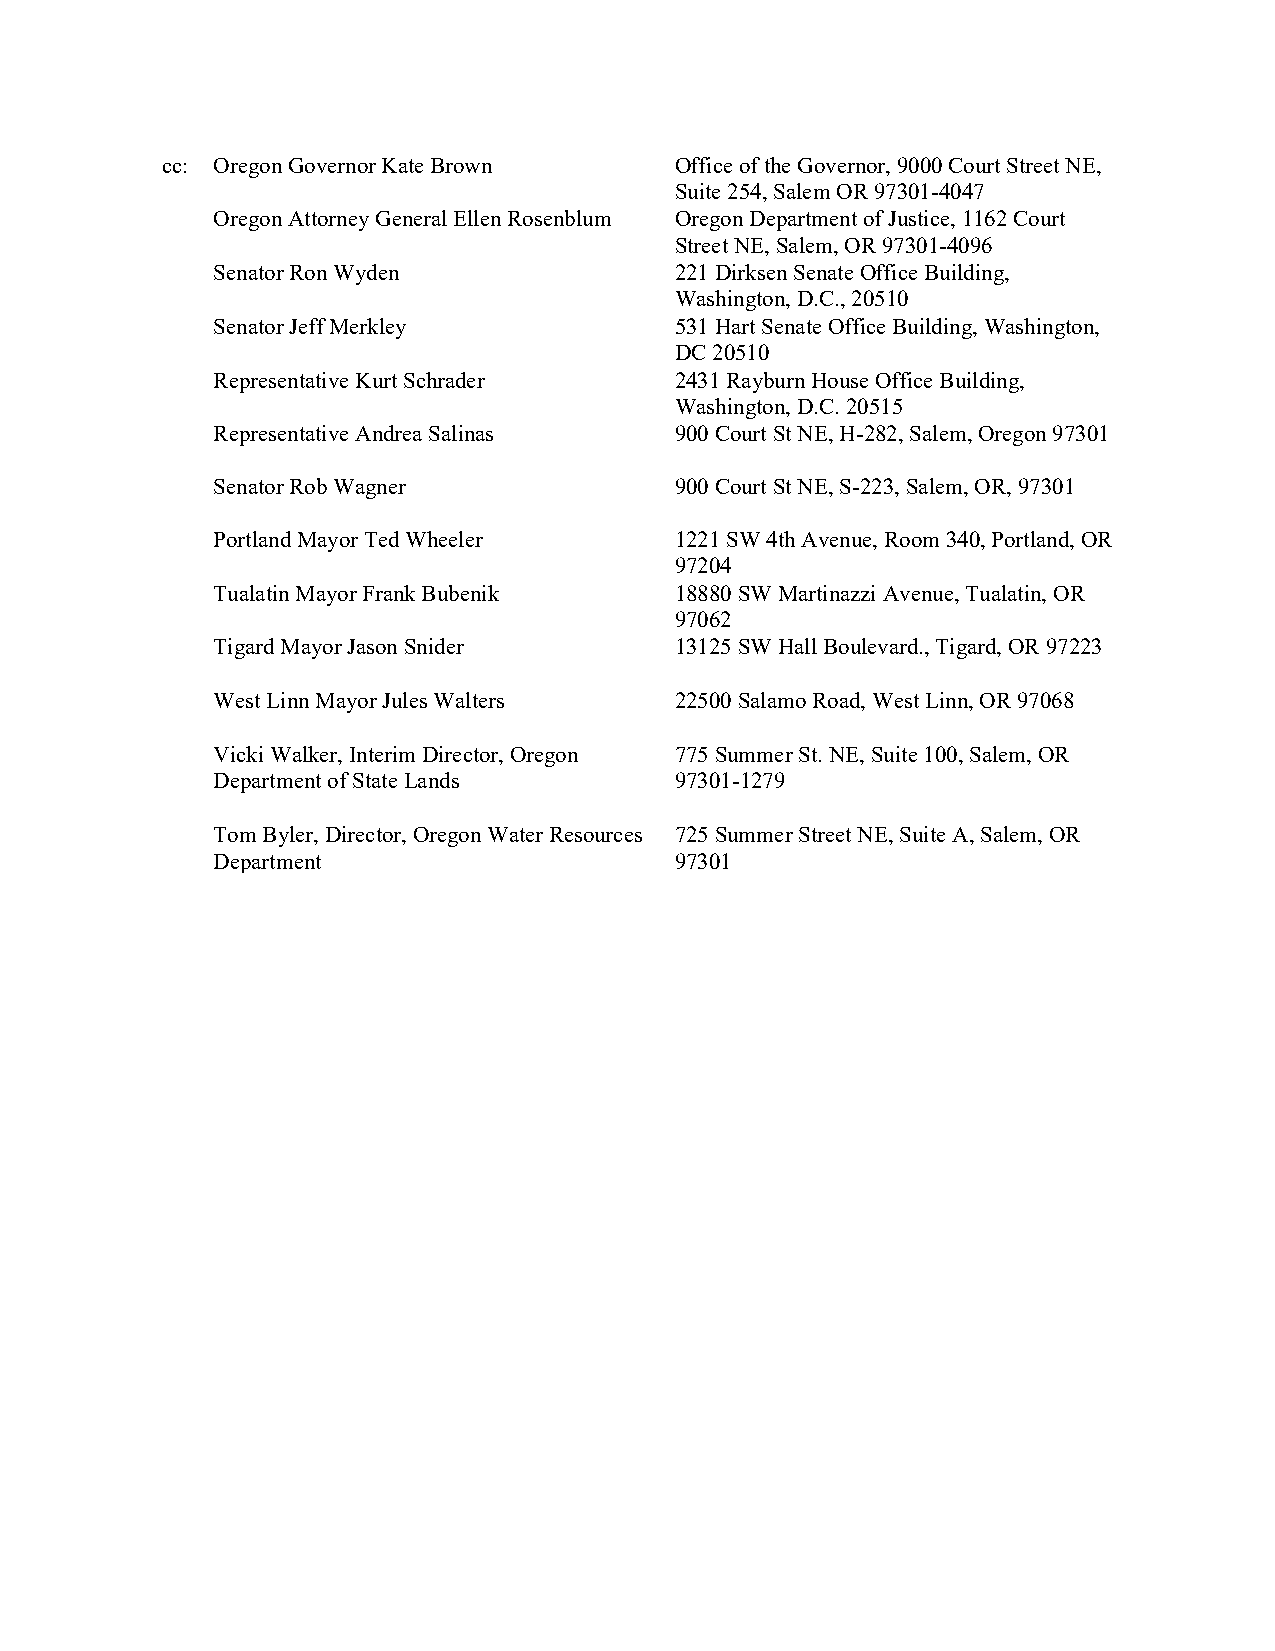
cc: Oregon Governor Kate Brown    Office of the Governor, 9000 Court Street NE,
 Suite 254, Salem OR 97301-4047
 Oregon Attorney General Ellen Rosenblum Oregon Department of Justice, 1162 Court
 Street NE, Salem, OR 97301-4096
 Senator Ron Wyden              221 Dirksen Senate Office Building,
 Washington, D.C., 20510
 Senator Jeff Merkley           531 Hart Senate Office Building, Washington,
 DC 20510
 Representative Kurt Schrader   2431 Rayburn House Office Building,
 Washington, D.C. 20515
 Representative Andrea Salinas  900 Court St NE, H-282, Salem, Oregon 97301
 Senator Rob Wagner             900 Court St NE, S-223, Salem, OR, 97301
 Portland Mayor Ted Wheeler     1221 SW 4th Avenue, Room 340, Portland, OR
 97204
 Tualatin Mayor Frank Bubenik   18880 SW Martinazzi Avenue, Tualatin, OR
 97062
 Tigard Mayor Jason Snider      13125 SW Hall Boulevard., Tigard, OR 97223
 West Linn Mayor Jules Walters  22500 Salamo Road, West Linn, OR 97068
 Vicki Walker, Interim Director, Oregon 775 Summer St. NE, Suite 100, Salem, OR
 Department of State Lands      97301-1279
 Tom Byler, Director, Oregon Water Resources 725 Summer Street NE, Suite A, Salem, OR
 Department                     97301